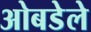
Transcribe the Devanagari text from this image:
ओबडेले